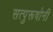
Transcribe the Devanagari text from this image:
सत्पुरूषोनी